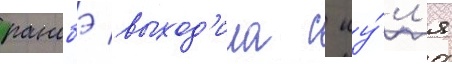
ранобэ выход'ила с иу́л'я